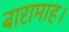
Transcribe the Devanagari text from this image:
बारामाह।